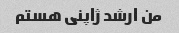
من ارشد ژاپنی هستم